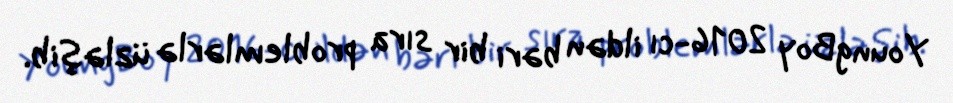
YoungBoy 2016-cı ildən bəri bir sıra problemlərlə üzləşib.